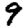
Digit: 9